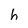
Character: h